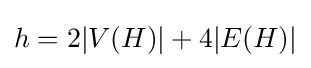
h=2|V(H)|+4|E(H)|